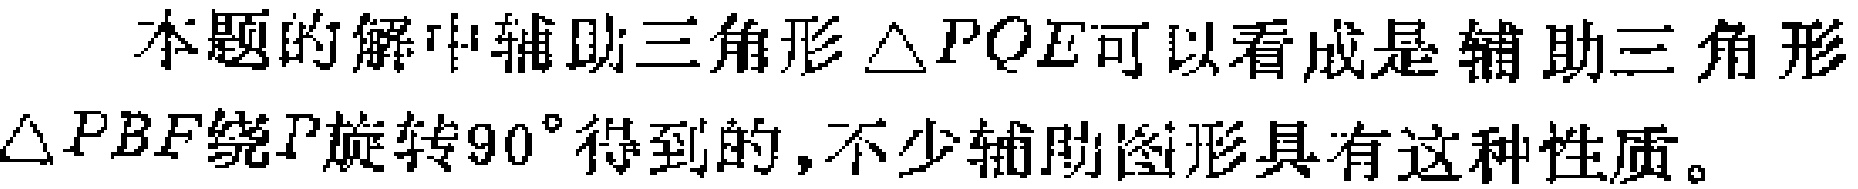
本题的解中辅助三角形$\triangle PQE$可以看成是辅助三角形$\triangle PBF$绕$P$旋转$90^{\circ}$得到的,不少辅助图形具有这种性质。